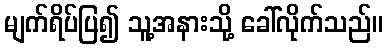
မျက်ရိပ်ပြ၍ သူ့အနားသို့ ခေါ်လိုက်သည်။